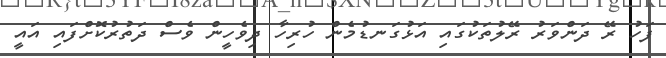
ފަހު ރޭ ދަންވަރު ރޭލުތަކުގައި އަޅުގަނޑުމެން ހުރިހާ ދިވެހީން ވެސް ދަތުރުކޮށްފައި އައީ